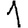
Digit: 1